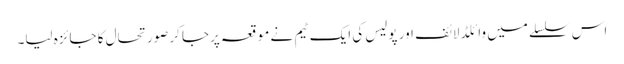
اس سلسلے میں وائلڈ لائف اور پولیس کی ایک ٹیم نے موقعہ پرجا کرصورتحال کا جائزہ لیا۔